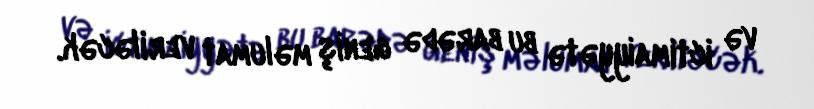
və ictimaiyyətə bu barədə geniş məlumat veriləcək.